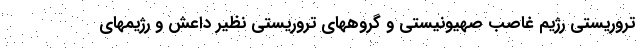
تروریستی رژیم غاصب صهیونیستی و گروههای تروریستی نظیر داعش و رژیمهای